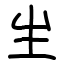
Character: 𤯓